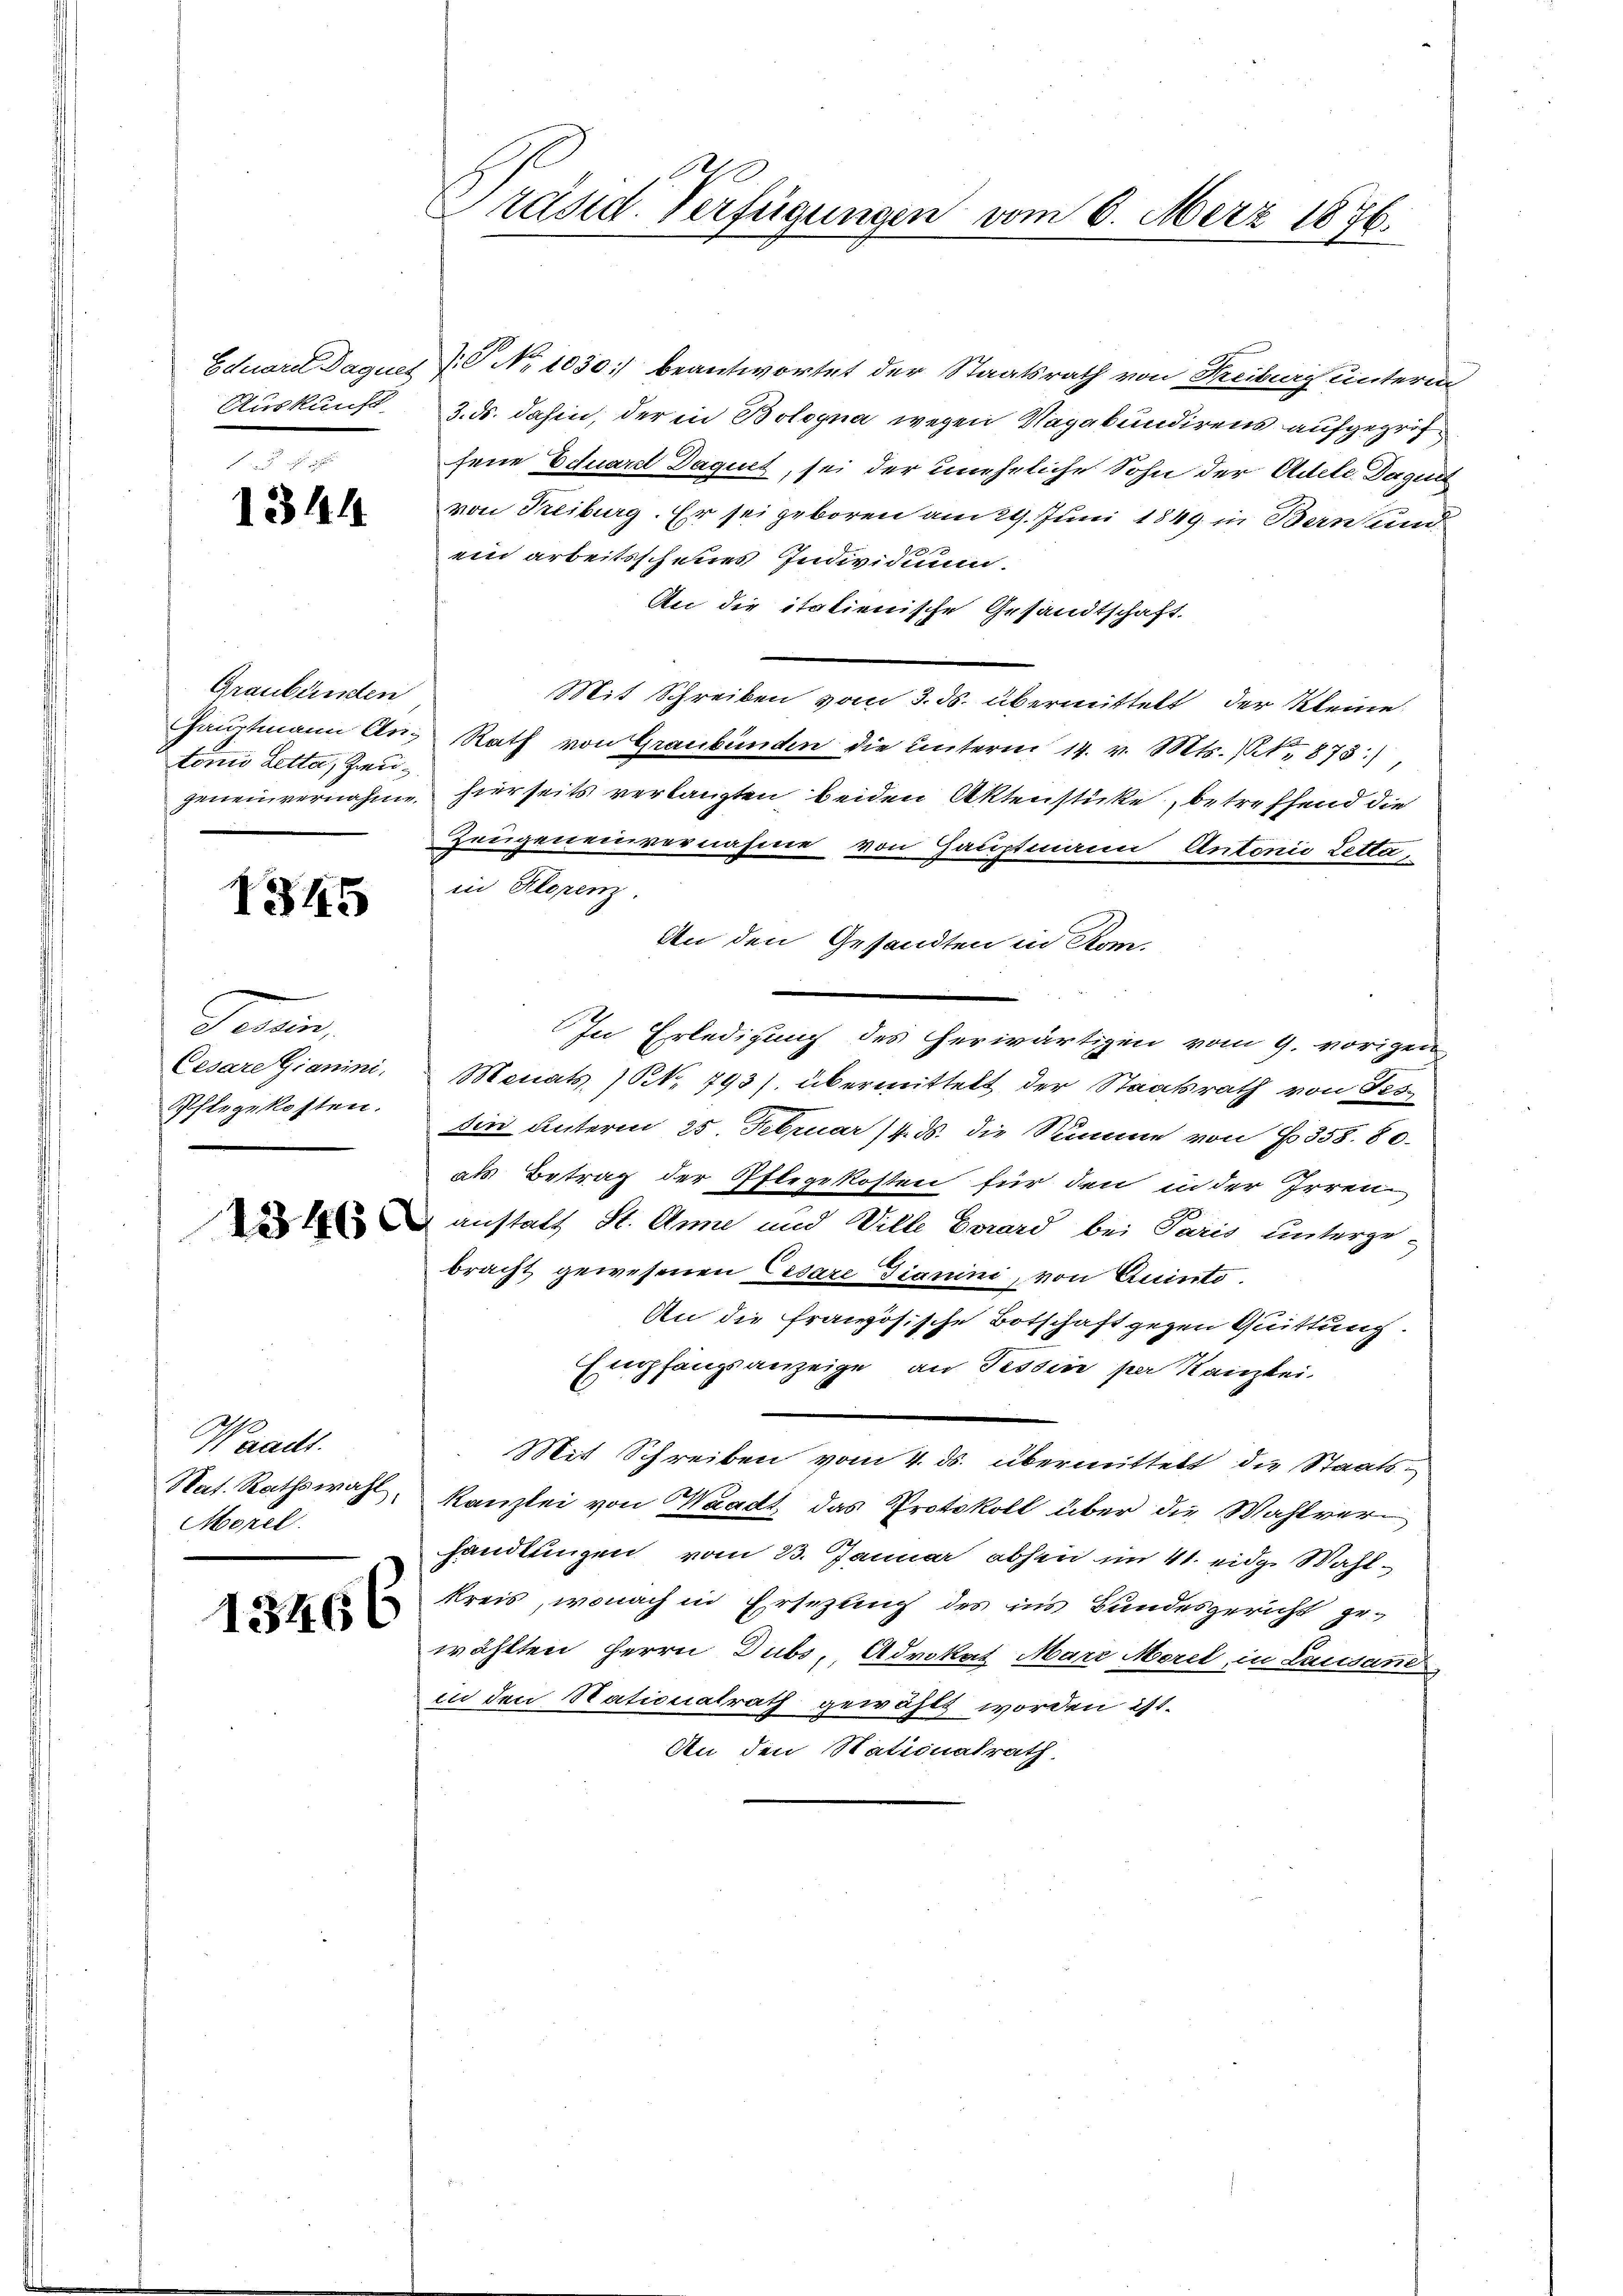
Auskunft

1344

Graubünden
tonio Letta, Zeu¬

1345

Ferein,
Cesare Gianini.
Pflegekosten.

Waadt.
Nat. Rathswahl,
Merel

13466

Eduorel Daquet P. Nr. 1030.) beantwortet der Staatsrath von Freiburg unterm
3. ds. dahin, der in Bologna wegen Vagabundirens aufgegrifjene Eduard Daquet, sei der uneheliche Sohn der Adele. Daguet
von Treiburg. Er sei geboren am 29. Juni 1849 in Bern und
ein arbeitsscheues Individuum.
An die italienische Gesandtschaft.
Mit Schreiben vom 3. ds. übermittelt der Kleine
haŭptmann An- Rath von Graubünden die ŭnterm 14. v. Mts. No. 873)
geneinvernahme hierseits verlangten beiden Aktenstücke, betreffend die
Zeugeneinvernahme von Hauptmann Antonio Letta,
in Klopenz
An den Gesandten in Rom.
In Erledigung des herwärtigen vom 9. vorigen
Monats (NNo. 793). übermittelt der Staatsrath von Fes
din unterm 25. Februar 14. ds. die Summe von § 358. 80.
als Betrag der Pflegekosten für den in der Irrensanstatt St. Anne und Wille Evard bei Paris unterge-
bracht gewesenen Cesare Dianini, von Quinto.
An die französische Botschaft gegen Quittung.
Empfangsanzeige, an Tessin per Kanzlei-
Mit Schreiben vom 4. ds. übermittelt die Staats¬
Kanzlei von Waadt das Protokoll über die Wahlverhandlungen vom 23. Januar abhin im 41. eidg. Wahlkreis, wonach in Ersetzling des ins Bundesgericht gewählten Herrn Dubs, Advokat Marr Morel, in Lausand
in den Stationalrath gewählt worden ist.
An den Stationalrath

Präsid. Verfügungen vom 6. März 1876.